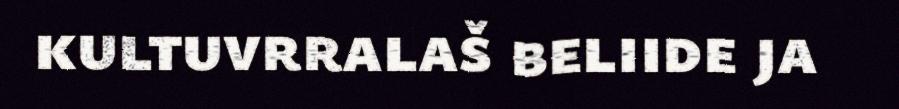
kultuvrralaš beliide ja